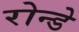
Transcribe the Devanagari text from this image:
रोन्डे